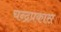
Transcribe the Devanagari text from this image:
चन्द्रप्रकास